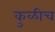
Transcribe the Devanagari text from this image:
कुळीच